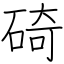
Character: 碕